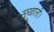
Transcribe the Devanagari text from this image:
सूखाती।